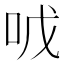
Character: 𱒐